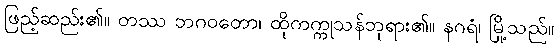
ဖြည့်ဆည်း၏။ တဿ ဘဂဝတော၊ ထိုကက္ကုသန်ဘုရား၏။ နဂရံ၊ မြို့သည်။